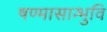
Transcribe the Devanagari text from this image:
षण्मासान्भुवि